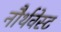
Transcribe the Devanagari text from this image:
नौर्थवेस्ट